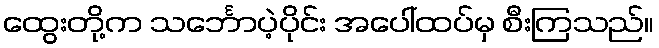
ထွေးတို့က သင်္ဘောပဲ့ပိုင်း အပေါ်ထပ်မှ စီးကြသည်။